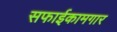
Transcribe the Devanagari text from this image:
सफाईकामगार